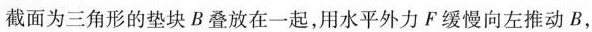
截面为三角形的垫块B叠放在一起，用水平外力F缓慢向左推动B，